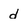
Character: d